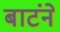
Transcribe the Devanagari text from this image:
बाटंने